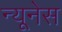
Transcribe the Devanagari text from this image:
न्यूनेस